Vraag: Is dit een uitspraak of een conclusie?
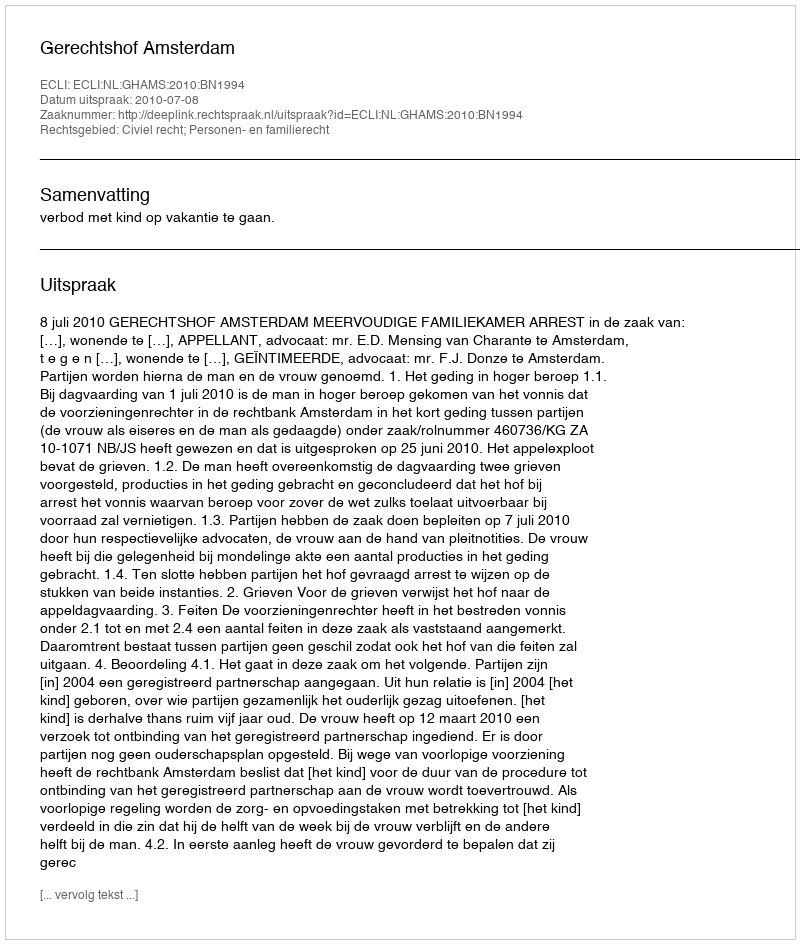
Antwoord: Uitspraak